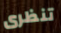
تنظرى